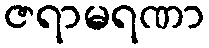
ဇရာမရဏာ